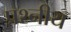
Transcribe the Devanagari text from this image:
प्रश्नीय